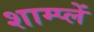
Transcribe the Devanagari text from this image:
शाम्प्लें